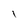
Character: I